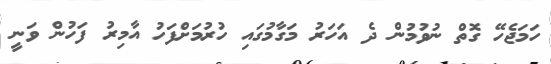
ހަމަޖެހޭ ގޮތް ނުވުމުން ދެ އަހަރު މަގާމުގައި ހުރުމަށްފަހު އާމިރު ފަހުން ވަނީ